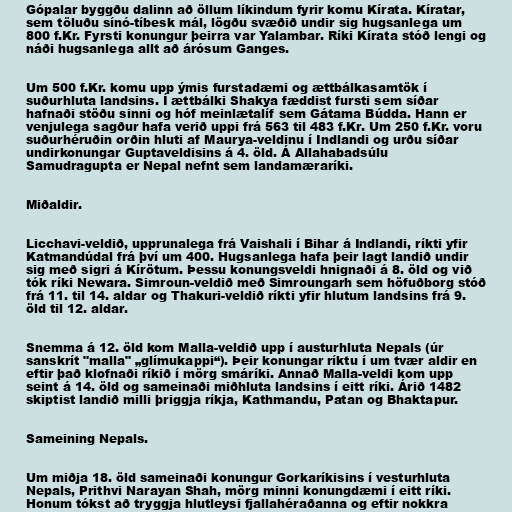
Gópalar byggðu dalinn að öllum líkindum fyrir komu Kírata. Kíratar,
sem töluðu sínó-tíbesk mál, lögðu svæðið undir sig hugsanlega um
800 f.Kr. Fyrsti konungur þeirra var Yalambar. Ríki Kírata stóð lengi og
náði hugsanlega allt að árósum Ganges.

Um 500 f.Kr. komu upp ýmis furstadæmi og ættbálkasamtök í
suðurhluta landsins. Í ættbálki Shakya fæddist fursti sem síðar
hafnaði stöðu sinni og hóf meinlætalíf sem Gátama Búdda. Hann er
venjulega sagður hafa verið uppi frá 563 til 483 f.Kr. Um 250 f.Kr. voru
suðurhéruðin orðin hluti af Maurya-veldinu í Indlandi og urðu síðar
undirkonungar Guptaveldisins á 4. öld. Á Allahabadsúlu
Samudragupta er Nepal nefnt sem landamæraríki.

Miðaldir.

Licchavi-veldið, upprunalega frá Vaishali í Bihar á Indlandi, ríkti yfir
Katmandúdal frá því um 400. Hugsanlega hafa þeir lagt landið undir
sig með sigri á Kírötum. Þessu konungsveldi hnignaði á 8. öld og við
tók ríki Newara. Simroun-veldið með Simroungarh sem höfuðborg stóð
frá 11. til 14. aldar og Thakuri-veldið ríkti yfir hlutum landsins frá 9.
öld til 12. aldar.

Snemma á 12. öld kom Malla-veldið upp í austurhluta Nepals (úr
sanskrít "malla" „glímukappi“). Þeir konungar ríktu í um tvær aldir en
eftir það klofnaði ríkið í mörg smáríki. Annað Malla-veldi kom upp
seint á 14. öld og sameinaði miðhluta landsins í eitt ríki. Árið 1482
skiptist landið milli þriggja ríkja, Kathmandu, Patan og Bhaktapur.

Sameining Nepals.

Um miðja 18. öld sameinaði konungur Gorkaríkisins í vesturhluta
Nepals, Prithvi Narayan Shah, mörg minni konungdæmi í eitt ríki.
Honum tókst að tryggja hlutleysi fjallahéraðanna og eftir nokkra